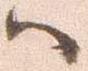
ハ